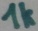
Text: 1k